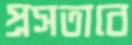
প্রসতাবে